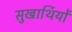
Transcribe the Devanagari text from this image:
सुखार्थियों